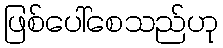
ဖြစ်ပေါ်စေသည်ဟု